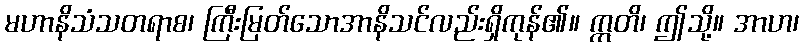
မဟာနိသံသတရာစ၊ ကြီးမြတ်သောအာနိသင်လည်းရှိကုန်၏။ ဣတိ၊ ဤသို့။ အာဟ၊